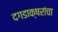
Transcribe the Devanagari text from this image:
दगडाक्षरांचा